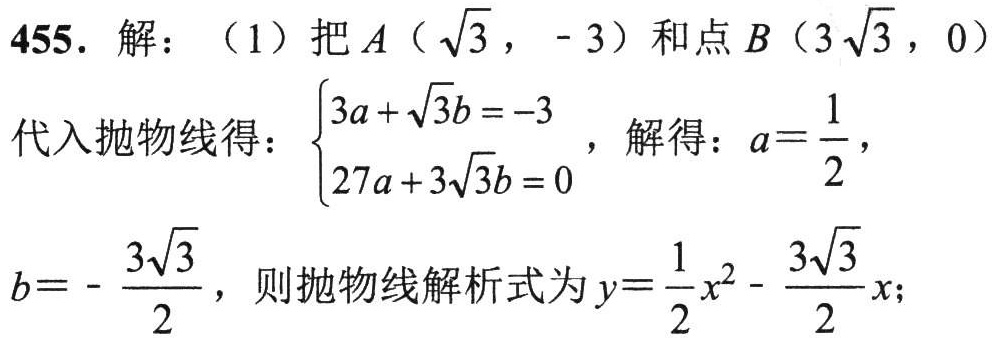
455. 解：（1）把\(A(\sqrt{3}, - 3)\)和点\(B(3\sqrt{3}, 0)\)代入抛物线得：\(\begin{cases}3a+\sqrt{3}b=-3\\27a + 3\sqrt{3}b = 0\end{cases}\)，解得：\(a = \dfrac{1}{2}\)，\(b = - \dfrac{3\sqrt{3}}{2}\)，则抛物线解析式为\(y=\dfrac{1}{2}x^{2}-\dfrac{3\sqrt{3}}{2}x\)；